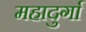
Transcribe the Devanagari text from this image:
महादुर्गा